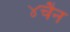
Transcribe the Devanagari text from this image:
४चैन